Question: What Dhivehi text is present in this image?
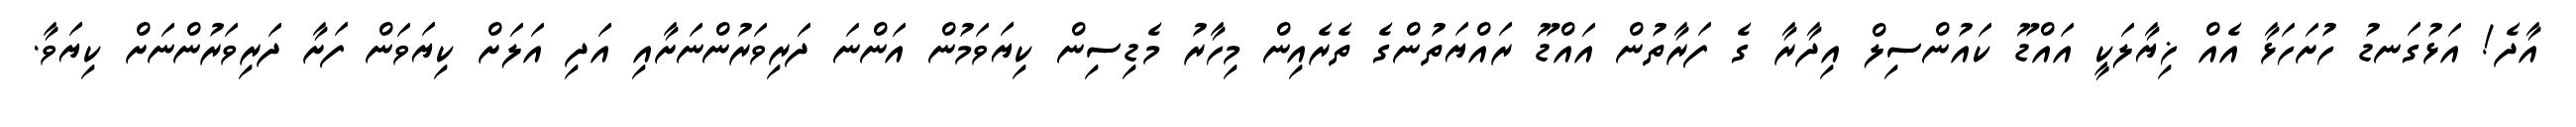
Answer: އާދެ! އަޅުގަނޑު ހުށަހަޅާ އެއް ޚިޔާލަކީ އައްޑޫ ކައުންސިލް އިދާރާ ގެ ފަރާތުން އައްޑޫ ރައްޔަތުންގެ ތެރެއިން މިހާރު މެޑިސިން ކިޔަވަމުން އަންނަ ދަރިވަރުންނަށާއި އަދި އަލަށް ކިޔަވަން ފަށާ ދަރިވަރުންނަށް ކިޔަވާ.